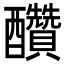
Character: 𨤆